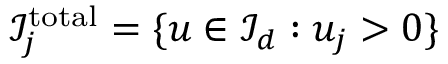
{ \mathcal { I } } _ { j } ^ { \mathrm { t o t a l } } = \{ { \boldsymbol { u } } \in { \mathcal { I } } _ { d } : u _ { j } > 0 \}